Annual report of the Prince of Wales Medical College, Patna
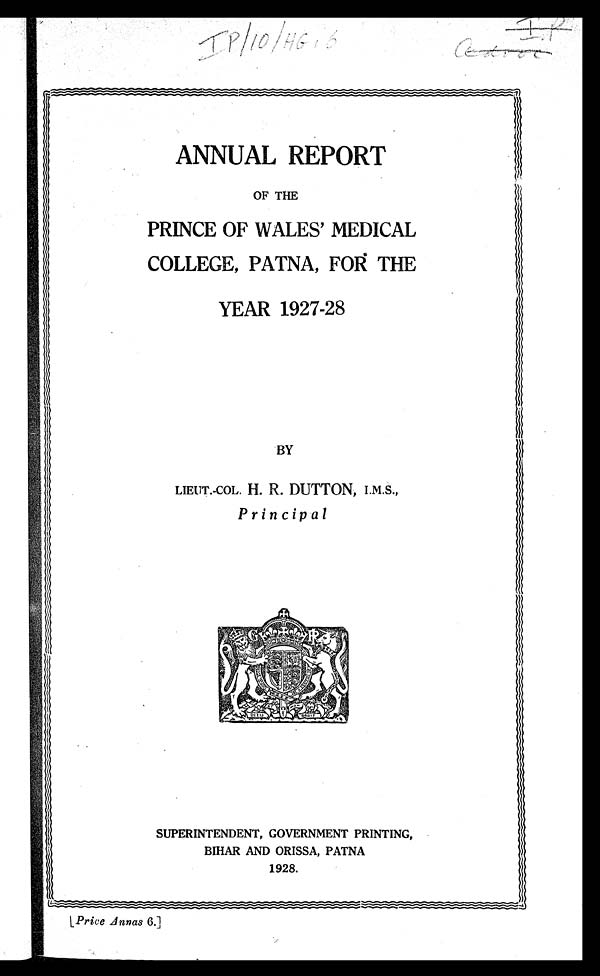
I P / 1 0 / H G . 6
ANNUAL REPORT
OF THE
PRINCE OF WALES' MEDICAL
COLLEGE, PATNA, FOR THE
YEAR 1927-28
BY
LIEUT.-COL. H. R. DUTTON, I.M.S.,
Principal
SUPERINTENDENT, GOVERNMENT PRINTING,
BIHAR AND ORISSA, PATNA
1928.
[Price Annas 6.]